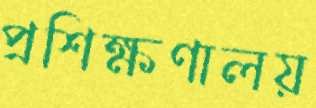
প্রশিক্ষণালয়